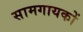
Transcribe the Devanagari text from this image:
सामगायकों